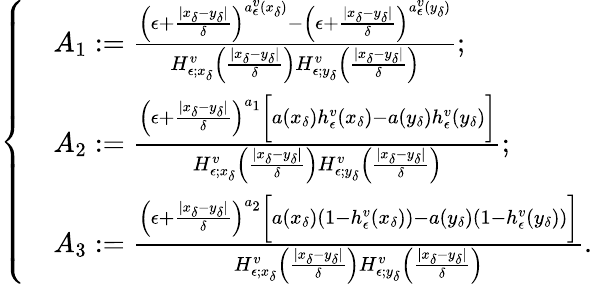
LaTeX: \left\{ \begin{array}{rl}&{A_{1}:=\frac{\left(\epsilon+\frac{|x_{\delta}-y_{\delta}|}{\delta}\right)^{a_{\epsilon}^{v}(x_{\delta})}-\left(\epsilon+\frac{|x_{\delta}-y_{\delta}|}{\delta}\right)^{a_{\epsilon}^{v}(y_{\delta})}}{H_{\epsilon;x_{\delta}}^{v}\left(\frac{|x_{\delta}-y_{\delta}|}{\delta}\right)H_{\epsilon;y_{\delta}}^{v}\left(\frac{|x_{\delta}-y_{\delta}|}{\delta}\right)};}\\ &{A_{2}:=\frac{\left(\epsilon+\frac{|x_{\delta}-y_{\delta}|}{\delta}\right)^{a_{1}}\bigg[a(x_{\delta})h_{\epsilon}^{v}(x_{\delta})-a(y_{\delta})h_{\epsilon}^{v}(y_{\delta})\bigg]}{H_{\epsilon;x_{\delta}}^{v}\left(\frac{|x_{\delta}-y_{\delta}|}{\delta}\right)H_{\epsilon;y_{\delta}}^{v}\left(\frac{|x_{\delta}-y_{\delta}|}{\delta}\right)};}\\ &{A_{3}:=\frac{\left(\epsilon+\frac{|x_{\delta}-y_{\delta}|}{\delta}\right)^{a_{2}}\bigg[a(x_{\delta})(1-h_{\epsilon}^{v}(x_{\delta}))-a(y_{\delta})(1-h_{\epsilon}^{v}(y_{\delta}))\bigg]}{H_{\epsilon;x_{\delta}}^{v}\left(\frac{|x_{\delta}-y_{\delta}|}{\delta}\right)H_{\epsilon;y_{\delta}}^{v}\left(\frac{|x_{\delta}-y_{\delta}|}{\delta}\right)}.}\end{array}\right.